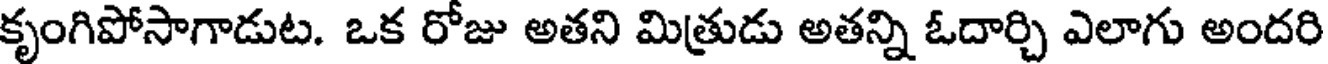
కృంగిపోసాగాడుట. ఒక రోజు అతని మిత్రుడు అతన్ని ఓదార్చి ఎలాగు అందరి